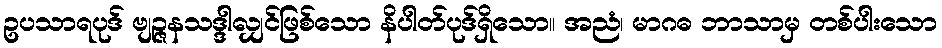
ဥပသာရပုဒ် ဗျဉ္ဇနသဒ္ဒါလျှင်ဖြစ်သော နိပါတ်ပုဒ်ရှိသော။ အညံ၊ မာဂဓ ဘာသာမှ တစ်ပါးသော